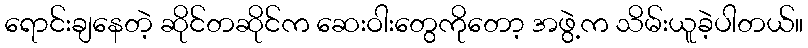
ရောင်းချနေတဲ့ ဆိုင်တဆိုင်က ဆေးဝါးတွေကိုတော့ အဖွဲ့က သိမ်းယူခဲ့ပါတယ်။